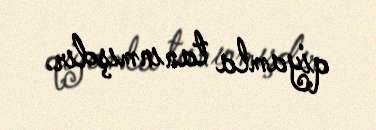
qiyamla tanınmışdır.